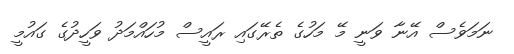
ނަމަވެސް އޭނާ ވަނީ މޭ މަހުގެ ތެރޭގައި ރައީސް މުހައްމަދު ވަހީދުގެ ގައުމީ